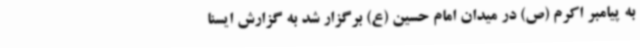
به پیامبر اکرم (ص) در میدان امام حسین (ع) برگزار شد به گزارش ایسنا